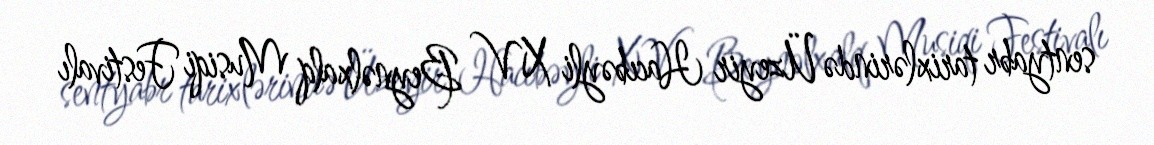
sentyabr tarixlərində Üzeyir Hacıbəyli XV Beynəlxalq Musiqi Festivalı